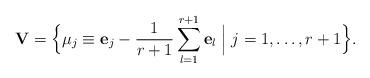
LaTeX: \begin{align*}{\bf V}=\Bigl\{\mu_j\equiv{\bf e}_j-\frac{1}{r+1}\sum_{l=1}^{r+1}{\bf e}_l \Bigm|j=1,\ldots,r+1\Bigr\}. \end{align*}